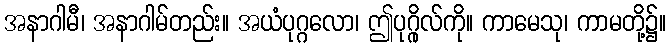
အနာဂါမီ၊ အနာဂါမ်တည်း။ အယံပုဂ္ဂလော၊ ဤပုဂ္ဂိုလ်ကို။ ကာမေသု၊ ကာမတို့၌။